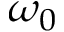
\omega _ { 0 }